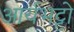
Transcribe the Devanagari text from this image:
आर्यभट्टो